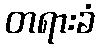
တရားခံ